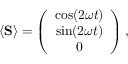
\begin{array} { r } { \langle { \bf S } \rangle = \left( \begin{array} { c } { \cos ( 2 \omega t ) } \\ { \sin ( 2 \omega t ) } \\ { 0 } \end{array} \right) , } \end{array}